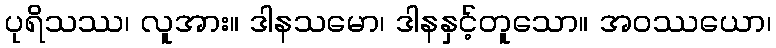
ပုရိသဿ၊ လူအား။ ဒါနသမော၊ ဒါနနှင့်တူသော။ အဝဿယော၊